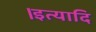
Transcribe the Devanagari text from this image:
।इत्यादि